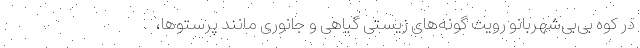
در کوه بی‌بی‌شهربانو رویت گونه‌های زیستی گیاهی و جانوری مانند پرستوها،